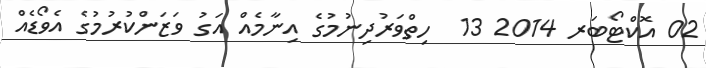
02 އޮކްޓޯބަރ 2014 13  ހިތްވަރުދިނުމުގެ އިނާމެއް އަގު ވަޒަންކުރުމުގެ އެވޯޑެއް